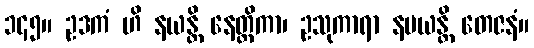
၁၄၅။ ဥဒကံ ဟိ နယန္တိ နေတ္တိကာ၊ ဥသုကာရာ နမယန္တိ တေဇနံ။